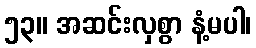
၅၃။ အဆင်းလှစွာ နံ့မပါ၊